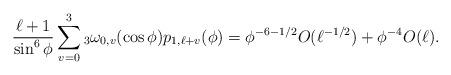
LaTeX: \begin{align*} \frac{\ell+1}{\sin^6 \phi} \sum_{v=0}^{3} {_3}\omega_{0,v}(\cos \phi) p_{1,\ell+v}(\phi) = \phi^{-6-1/2}O(\ell^{-1/2})+\phi^{-4} O(\ell).\end{align*}